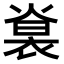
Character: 𧚵